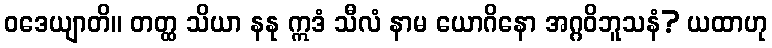
ဝဒေယျာတိ။ တတ္ထ သိယာ နနု ဣဒံ သီလံ နာမ ယောဂိနော အဂ္ဂဝိဘူသနံ? ယထာဟု